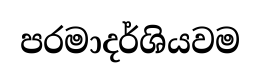
පරමාදර්ශියවම